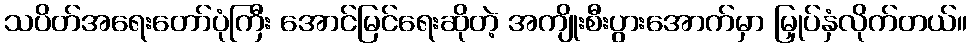
သပိတ်အရေးတော်ပုံကြီး အောင်မြင်ရေးဆိုတဲ့ အကျိုးစီးပွားအောက်မှာ မြှုပ်နှံလိုက်တယ်။